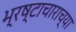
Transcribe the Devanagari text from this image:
भ्‍रष्टाचाराच्या